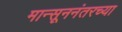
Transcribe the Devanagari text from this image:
मान्सूननंतरच्या